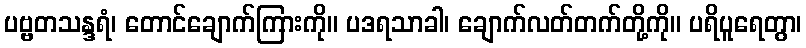
ပဗ္ဗတသန္ဒရံ၊ တောင်ချောက်ကြားကို။ ပဒရသာခါ၊ ချောက်လတ်တက်တို့ကို။ ပရိပူရေတွာ၊